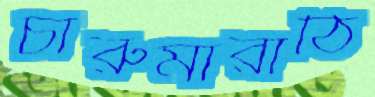
চারুমারাঠি